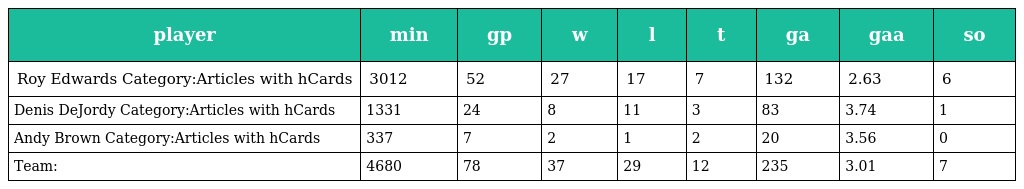
| player | min | gp | w | l | t | ga | gaa | so |
 | --- | --- | --- | --- | --- | --- | --- | --- | --- |
 | Roy Edwards Category:Articles with hCards | 3012 | 52 | 27 | 17 | 7 | 132 | 2.63 | 6 |
 | Denis DeJordy Category:Articles with hCards | 1331 | 24 | 8 | 11 | 3 | 83 | 3.74 | 1 |
 | Andy Brown Category:Articles with hCards | 337 | 7 | 2 | 1 | 2 | 20 | 3.56 | 0 |
 | Team: | 4680 | 78 | 37 | 29 | 12 | 235 | 3.01 | 7 |